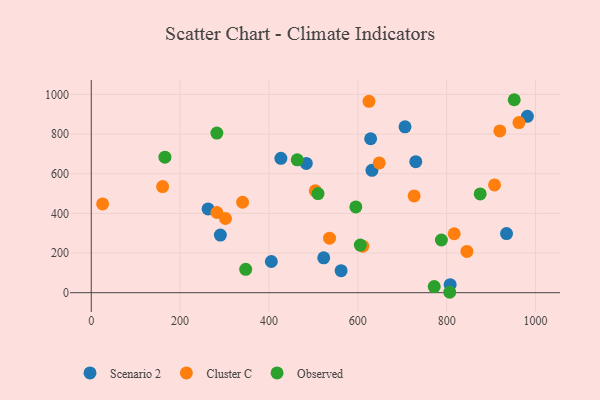
{"axis": {"x": "Price", "y": "Salary"}, "legend": ["Cluster C", "Observed", "Scenario 2"], "data": [{"x": "405.3", "y": 157.3, "type": "Scenario 2"}, {"x": "562.4", "y": 110.9, "type": "Scenario 2"}, {"x": "262.9", "y": 422.6, "type": "Scenario 2"}, {"x": "290.6", "y": 290.6, "type": "Scenario 2"}, {"x": "484.0", "y": 652.1, "type": "Scenario 2"}, {"x": "628.8", "y": 776.3, "type": "Scenario 2"}, {"x": "981.6", "y": 889.2, "type": "Scenario 2"}, {"x": "631.8", "y": 617.3, "type": "Scenario 2"}, {"x": "706.2", "y": 836.6, "type": "Scenario 2"}, {"x": "730.4", "y": 660.6, "type": "Scenario 2"}, {"x": "807.8", "y": 40.3, "type": "Scenario 2"}, {"x": "934.7", "y": 298.2, "type": "Scenario 2"}, {"x": "426.8", "y": 677.4, "type": "Scenario 2"}, {"x": "523.2", "y": 176.0, "type": "Scenario 2"}, {"x": "816.9", "y": 297.2, "type": "Cluster C"}, {"x": "611.2", "y": 234.6, "type": "Cluster C"}, {"x": "726.7", "y": 488.2, "type": "Cluster C"}, {"x": "907.7", "y": 543.2, "type": "Cluster C"}, {"x": "302.1", "y": 374.1, "type": "Cluster C"}, {"x": "962.6", "y": 857.8, "type": "Cluster C"}, {"x": "504.2", "y": 513.6, "type": "Cluster C"}, {"x": "282.8", "y": 404.4, "type": "Cluster C"}, {"x": "536.3", "y": 274.8, "type": "Cluster C"}, {"x": "845.5", "y": 208.0, "type": "Cluster C"}, {"x": "625.1", "y": 964.8, "type": "Cluster C"}, {"x": "160.6", "y": 535.0, "type": "Cluster C"}, {"x": "919.6", "y": 815.9, "type": "Cluster C"}, {"x": "648.2", "y": 654.3, "type": "Cluster C"}, {"x": "340.6", "y": 456.2, "type": "Cluster C"}, {"x": "25.6", "y": 447.5, "type": "Cluster C"}, {"x": "165.8", "y": 683.3, "type": "Observed"}, {"x": "771.9", "y": 30.8, "type": "Observed"}, {"x": "875.4", "y": 498.1, "type": "Observed"}, {"x": "510.4", "y": 499.6, "type": "Observed"}, {"x": "806.8", "y": 2.1, "type": "Observed"}, {"x": "788.1", "y": 265.7, "type": "Observed"}, {"x": "463.6", "y": 669.8, "type": "Observed"}, {"x": "952.0", "y": 973.1, "type": "Observed"}, {"x": "282.7", "y": 804.9, "type": "Observed"}, {"x": "595.5", "y": 432.5, "type": "Observed"}, {"x": "347.6", "y": 117.6, "type": "Observed"}, {"x": "605.6", "y": 239.9, "type": "Observed"}]}